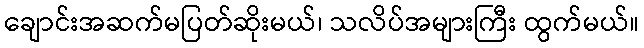
ချောင်းအဆက်မပြတ်ဆိုးမယ်၊ သလိပ်အများကြီး ထွက်မယ်။